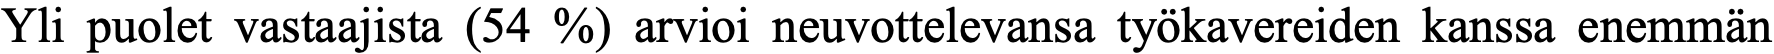
Yli puolet vastaajista (54 %) arvioi neuvottelevansa työkavereiden kanssa enemmän